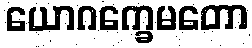
ယောဂက္ခေမတော